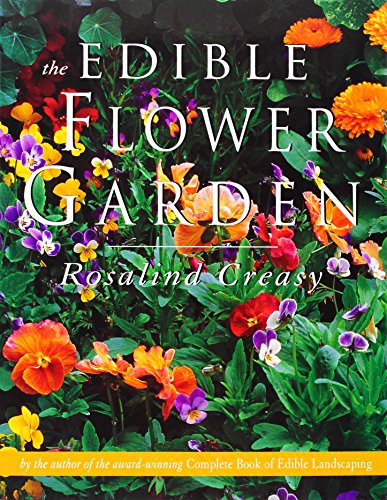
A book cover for The Edible Flower Garden (Edible Garden Series); Rosalind Creasy; Cookbooks, Food & Wine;